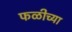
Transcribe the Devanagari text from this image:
फळीच्या